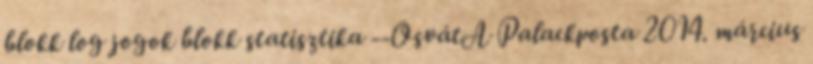
blokk log jogok blokk statisztika --OsvátA Palackposta 2014. március